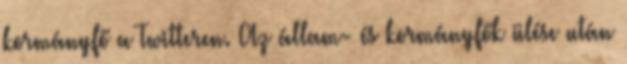
kormányfő a Twitteren. Az állam- és kormányfők ülése után